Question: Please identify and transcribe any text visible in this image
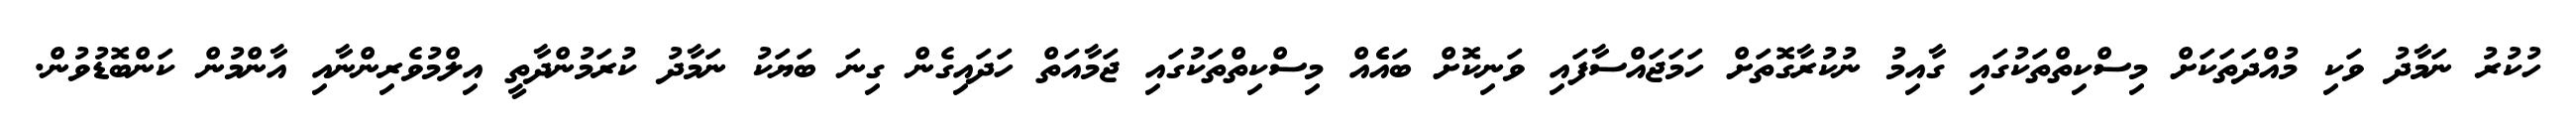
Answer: ހުކުރު ނަމާދު ވަކި މުއްދަތަކަށް މިސްކިތްތަކުގައި ގާއިމު ނުކުރާގޮތަށް ހަމަޖައްސާފައި ވަނިކޮށް ބައެެއް މިސްކިތްތަކުގައި ޖަމާއަތް ހަދައިގެން ގިނަ ބަޔަކު ނަމާދު ކުރަމުންދާތީ އިލްމުވެރިންނާއި އާންމުން ކަންބޮޑުވުން.